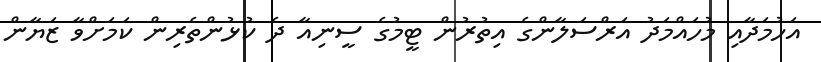
އަހުމަދާއި މުހައްމަދު އަރްސަލާންގެ އިތުރުން ޓީމުގެ ސީނިއާ ދެ ކުޅުންތެރިން ކަމަށްވާ ޒަޔާން